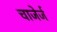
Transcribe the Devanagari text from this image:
चाजेर्ज